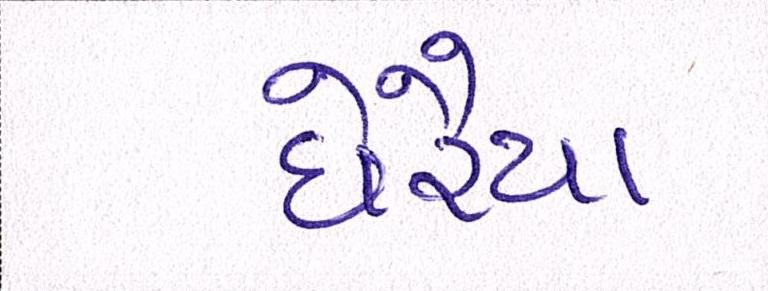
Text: ઘેરૈયા